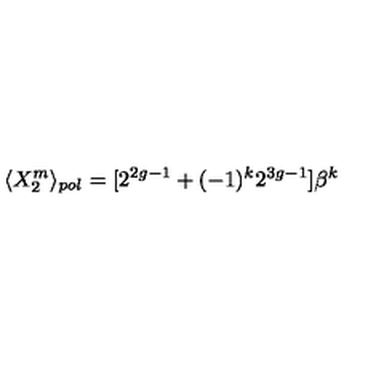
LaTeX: \langle X _ { 2 } ^ { m } \rangle _ { p o l } = [ 2 ^ { 2 g - 1 } + ( - 1 ) ^ { k } 2 ^ { 3 g - 1 } ] \beta ^ { k }